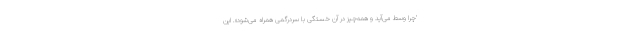
’چرا وسط می‌آید و همه‌چیز در آن خستگی با سردرگمی همراه می‌شود». این